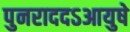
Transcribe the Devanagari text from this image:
पुनराददऽआयुषे